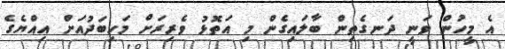
އެ މީހުން ވަނީ ދަނގެތިން ބާލައިގެން މި އަތޮޅު ވެރިރަށް މަހިބަދުއަށް އިއްޔެގެ